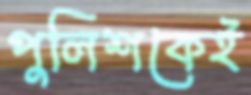
পুলিশকেই